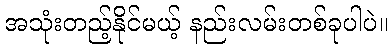
အသုံးတည့်နိုင်မယ့် နည်းလမ်းတစ်ခုပါပဲ။